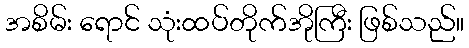
အစိမ်း ရောင် သုံးထပ်တိုက်အိုကြီး ဖြစ်သည်။